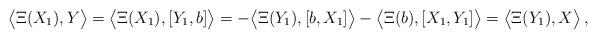
LaTeX: \begin{align*} \bigl\langle\Xi(X_1),Y\bigr\rangle &=\bigl\langle\Xi(X_1),[Y_1,b]\bigr\rangle =-\bigl\langle\Xi(Y_1),[b,X_1]\bigr\rangle-\bigl\langle\Xi(b),[X_1,Y_1]\bigr\rangle =\bigl\langle\Xi(Y_1),X\bigr\rangle\,, \end{align*}